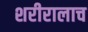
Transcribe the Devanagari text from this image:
शरीरालाच